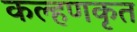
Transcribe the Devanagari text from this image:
कल्हणकृत